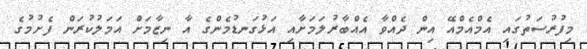
މިފުރުސަތުގައި އެމްއެމްއޭ އިން ދެއްވާ އެއްބާރުލަމަށާއި އަޅުގަނޑުމެންގެ އާ ނިޒާމަށް އަމަލުކުރަން ފެށުމުގެ